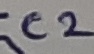
Text: C2